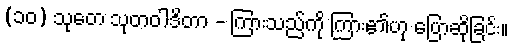
(၁၀) သုတေ သုတဝါဒိတာ - ကြားသည်ကို ကြား၏ဟု ပြောဆိုခြင်း။